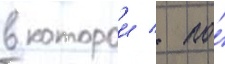
в которои / по́